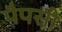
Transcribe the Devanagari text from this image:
पैपसी